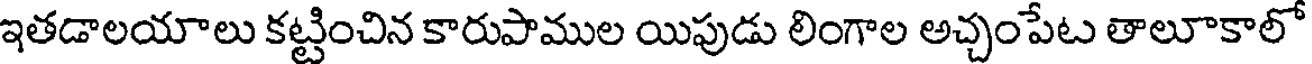
ఇతడాలయాలు కట్టించిన కారుపాముల యిపుడు లింగాల అచ్చంపేట తాలూకాలో